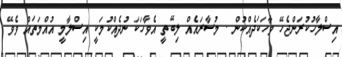
އިސްލާހުކުރަންޖެހޭ ވާހަކަދެއްކުން . މުސާރައެއް ލިބޭތީ އެވާހަކަ ނުދެއްކުމަކީ އިސްލާމީ އުއްމަތައް ވެވޭ